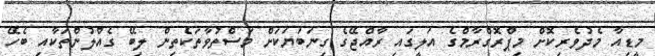
މީޑިއާ މެދުވެރިކޮށް މިޕްރޮގްރާމްގެ އަލީގައި ރާއްޖޭގެ ގިނަބަޔަކަށް މަސްތުވާތަކެތިން ލިބޭ ގެއްލުންތަކާއި ބެހޭ